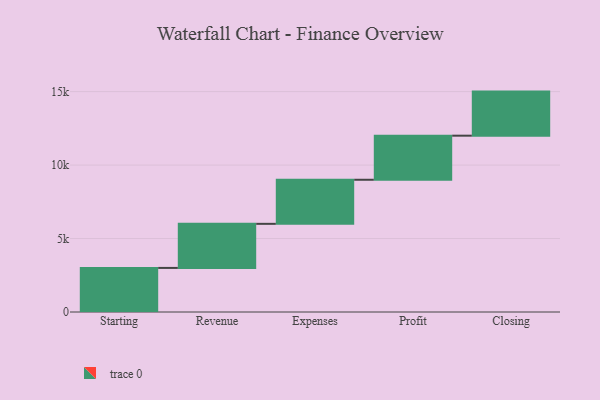
{"axis": {"x": "Step", "y": "Value"}, "legend": [""], "data": [{"x": "Starting", "y": 3000, "type": ""}, {"x": "Revenue", "y": 3000, "type": ""}, {"x": "Expenses", "y": 3000, "type": ""}, {"x": "Profit", "y": 3000, "type": ""}, {"x": "Closing", "y": 3000, "type": ""}]}